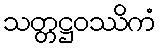
သတ္တဋ္ဌဝဿိကံ